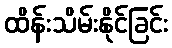
ထိန်းသိမ်းနိုင်ခြင်း